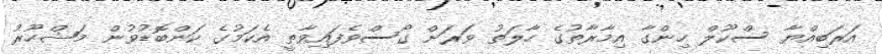
އަރަބިއްޔާ ސްކޫލް ހިންގާ އިމާރާތުގެ ހާލަތު ވަރަށް ގޯސްވެފައިވާތީ އެކަމުގެ ކަންބޮޑުވުން މަޝްހޫރު